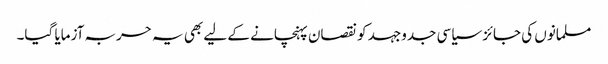
مسلمانوں کی جائز سیاسی جدوجہد کو نقصان پہنچانے کے لیے بھی یہ حربہ آزمایا گیا۔